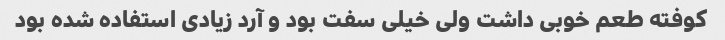
کوفته طعم خوبی داشت ولی خیلی سفت بود و آرد زیادی استفاده شده بود